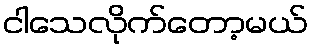
ငါသေလိုက်တော့မယ်